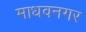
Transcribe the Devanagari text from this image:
माधवनगर